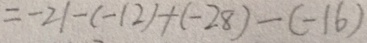
= - 2 1 - ( - 1 2 ) + ( - 2 8 ) - ( - 1 6 )